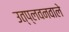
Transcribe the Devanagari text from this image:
उत्प्लवनवाले